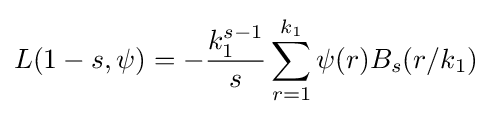
L(1-s,\psi )=-{k_{1}^{s-1} \over s}\sum _{r=1}^{k_{1}}\psi (r)B_{s}(r/k_{1})